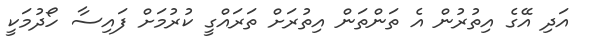
އަދި އޭގެ އިތުރުން އެ ތަންތަން އިތުރަށް ތަރައްގީ ކުރުމަށް ފައިސާ ހޯދުމަކީ